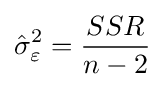
{\hat {\sigma }}_{\varepsilon }^{2}={\frac {SSR}{n-2}}